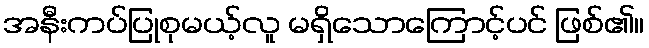
အနီးကပ်ပြုစုမယ့်လူ မရှိသောကြောင့်ပင် ဖြစ်၏။